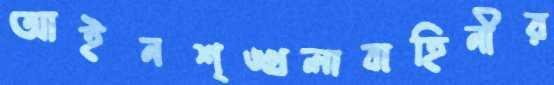
আইনশৃঙ্খলাবাহিনীর